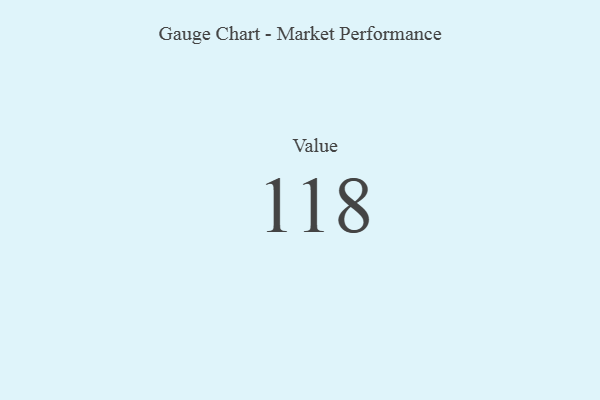
{"axis": {"x": "Metric", "y": "Value"}, "legend": [""], "data": [{"x": "Value", "y": 118, "type": ""}]}